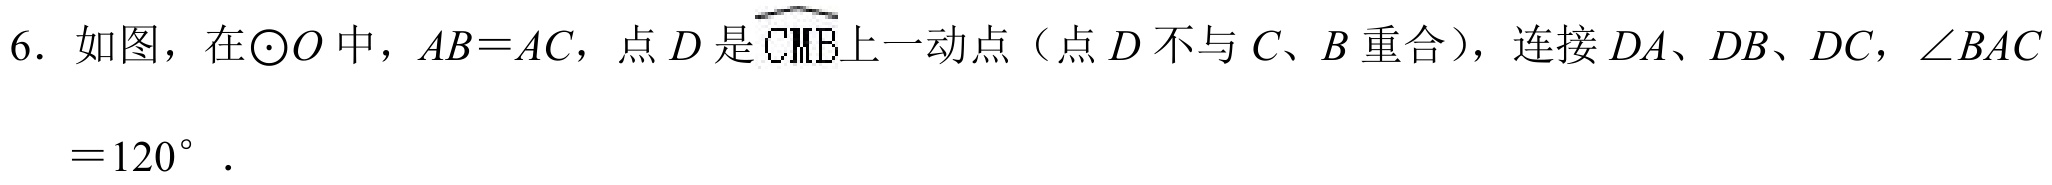
6. 如图，在\(\odot O\) 中，\(AB = AC\)，点 \(D\) 是\(\overset{\frown}{C B}\)上一动点（点 \(D\) 不与 \(C\)、\(B\) 重合），连接 \(DA\)、\(DB\)、\(DC\)，\(\angle BAC=120^{\circ}\).